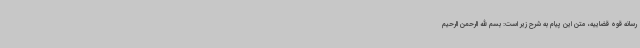
رسانه قوه قضاییه، متن این پیام به شرح زیر است: بسم الله الرحمن الرحیم